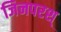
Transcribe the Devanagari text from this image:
जिनपरश्